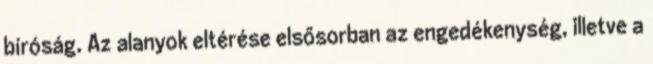
bíróság. Az alanyok eltérése elsősorban az engedékenység, illetve a